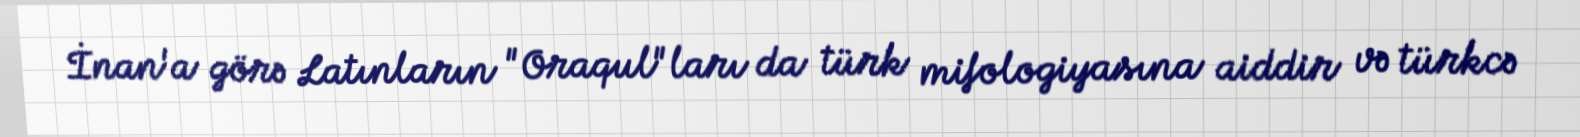
İnan'a görə Latınların "Oraqul"ları da türk mifologiyasına aiddir və türkcə